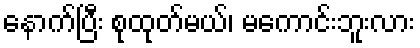
နောက်ပြီး စုထုတ်မယ်၊ မကောင်းဘူးလား